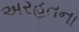
અરહતના